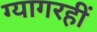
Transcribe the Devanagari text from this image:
ग्यागरहीं